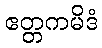
ဧတ္တကမိဒံ